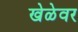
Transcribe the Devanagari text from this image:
खेळेवर